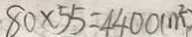
8 0 \times 5 5 = 4 4 0 0 ( m ^ { 2 } )